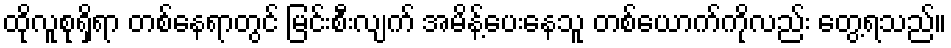
ထိုလူစုရှိရာ တစ်နေရာတွင် မြင်းစီးလျက် အမိန့်ပေးနေသူ တစ်ယောက်ကိုလည်း တွေ့ရသည်။